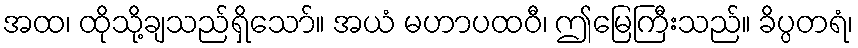
အထ၊ ထိုသို့ချသည်ရှိသော်။ အယံ မဟာပထဝီ၊ ဤမြေကြီးသည်။ ခိပ္ပတရံ၊